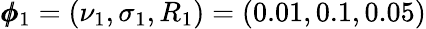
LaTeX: \pmb{\phi}_{1}=(\nu_{1},\sigma_{1},R_{1})=(0.01,0.1,0.05)